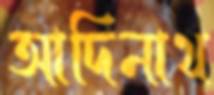
আদিনাথ